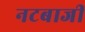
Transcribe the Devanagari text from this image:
नटबाजी